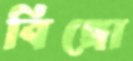
বিঙ্গো